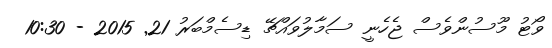
ވޯޓު މޫސުންވެސް ޖެހެނީ ސަމާލުވައްޗޭ ޑިސެމްބަރު 21